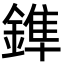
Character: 鎨